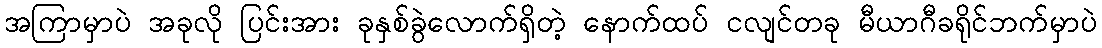
အကြာမှာပဲ အခုလို ပြင်းအား ခုနှစ်ခွဲလောက်ရှိတဲ့ နောက်ထပ် ငလျင်တခု မီယာဂီခရိုင်ဘက်မှာပဲ